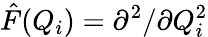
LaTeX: \hat{F}(Q_{i})=\partial^{2}/\partial Q_{i}^{2}